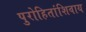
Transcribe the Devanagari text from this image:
पुरोहितांशिवाय